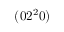
( 0 2 ^ { 2 } 0 )